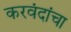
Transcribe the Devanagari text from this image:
करवंदांचा